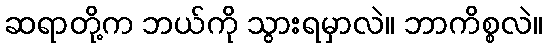
ဆရာတို့က ဘယ်ကို သွားရမှာလဲ။ ဘာကိစ္စလဲ။